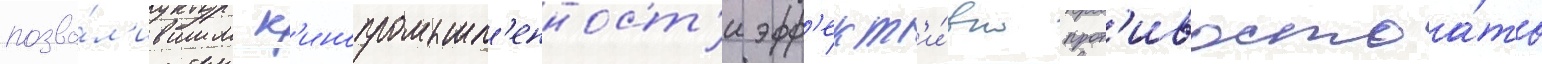
позво́л'ившим к'инопромышл'енност'и эфф'ект'и́вно прот'ивостоа́ть